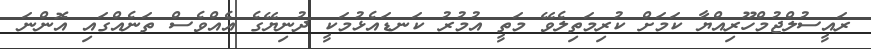
ރައީސުލްޖުމްހޫރިއްޔާ ކަމަށް ކުރިމަތިލެވޭ މަތީ އުމުރު ކަނޑައެޅުމަކީ ދުނިޔޭގެ އެއްވެސް ތަނެއްގައި އޮންނަ